Annual report on the mental hospital in the Central Provinces and Berar (Nagpur) - 1927-1951
Year: 1927
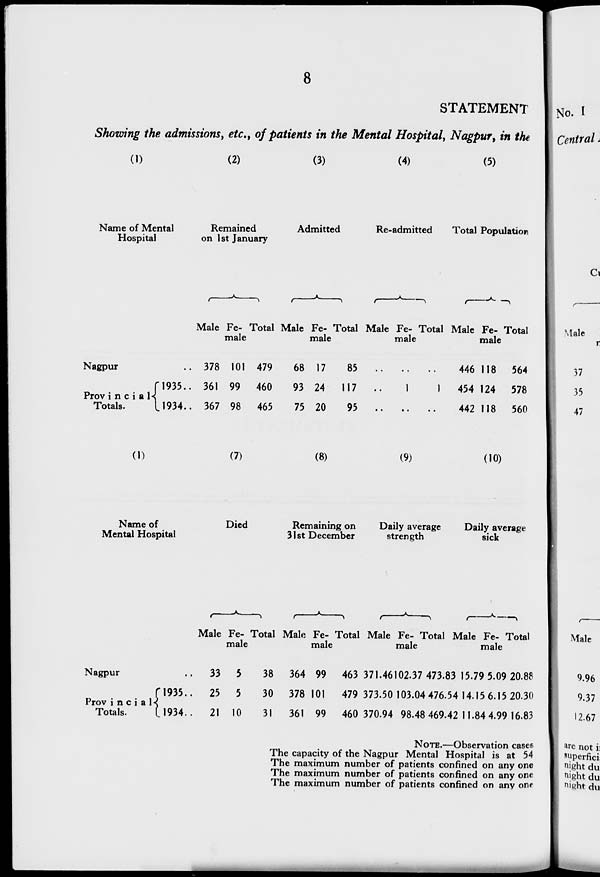
8
STATEMENT
Showing the admissions, etc., of patients in the Mental Hospital, Nagpur, in the
(1)
Name of Mental
Hospital
Nagpur ..
Provincial
Totals.
1935..
1934..
(2)
Remained
on 1st January
Male
378
361
367
Fe-
male
101
99
98
Total
479
460
465
(3)
Admitted
Male
68
93
75
Fe-
male
17
24
20
Total
85
117
95
(4)
Re-admitted
Male
..
..
..
Fe-
male
..
1
..
Total
..
1
..
(5)
Total Population
Male
446
454
442
Fe-
male
118
124
118
Total
564
578
560
(1)
Name of
Mental Hospital
Nagpur ..
Provincial
Totals.
1935..
1934..
(7)
Died
Male
33
25
21
Fe-
male
5
5
10
Total
38
30
31
(8)
Remaining on
31st December
Male
364
378
361
Fe-
male
99
101
99
Total
463
479
460
(9)
Daily average
strength
Male
371.46
373.50
370.94
Fe-
male
102.37
103.04
98.48
Total
473.83
476.54
469.42
(10)
Daily average
sick
Male
15.79
14.15
11.84
Fe-
male
5.09
6.15
4.99
Total
20.88
20.30
16.83
NOTE.—Observation cases
The capacity of the Nagpur Mental Hospital is at 54
The maximum number of patients confined on any one
The maximum number of patients confined on any one
The maximum number of patients confined on any one